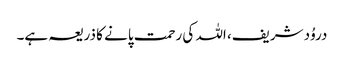
دروُد شریف، اللہ کی رحمت پانے کا ذریعہ ہے۔